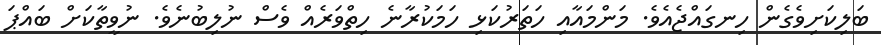
ބަލިކަށިވެގެން ހިނގައްޖެއެވެ. މަންމައާއި ހަތަރުކަޅި ހަމަކުރާނެ ހިތްވަރެއް ވެސް ނުލިބުނެވެ. ނުވީތާކަށް ބައްޕަ